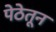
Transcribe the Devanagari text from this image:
पेठेतून